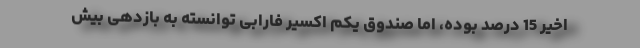
اخیر 15 درصد بوده، اما صندوق یکم اکسیر فارابی توانسته به بازدهی بیش